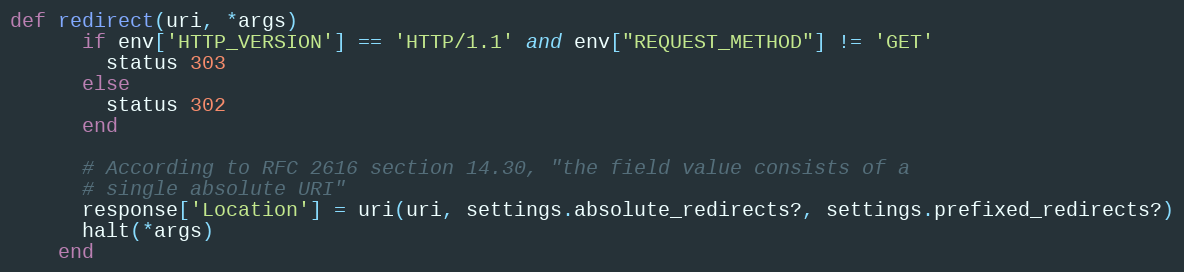
Language: Ruby
def redirect(uri, *args)
      if env['HTTP_VERSION'] == 'HTTP/1.1' and env["REQUEST_METHOD"] != 'GET'
        status 303
      else
        status 302
      end

      # According to RFC 2616 section 14.30, "the field value consists of a
      # single absolute URI"
      response['Location'] = uri(uri, settings.absolute_redirects?, settings.prefixed_redirects?)
      halt(*args)
    end